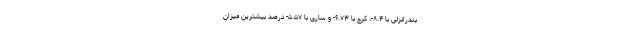
بندرانزلی با ۸.۴-، کرج با ۶.۷۳- و ساری با ۵.۵۷- درصد بیشترین میزان